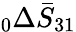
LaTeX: \phantom{}_{0}\Delta\bar{S}_{31}